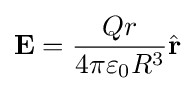
\mathbf {E} ={\frac {Qr}{4\pi \varepsilon _{0}R^{3}}}{\hat {\mathbf {r} }}